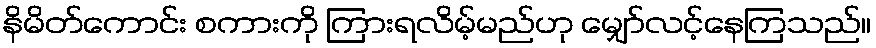
နိမိတ်ကောင်း စကားကို ကြားရလိမ့်မည်ဟု မျှော်လင့်နေကြသည်။